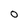
Character: 0